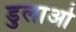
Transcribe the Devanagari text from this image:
डुलाओ